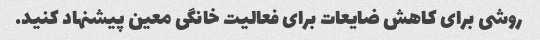
روشی برای کاهش ضایعات برای فعالیت خانگی معین پیشنهاد کنید.